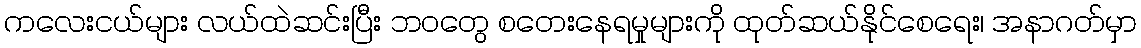
ကလေးငယ်များ လယ်ထဲဆင်းပြီး ဘဝတွေ စတေးနေရမှုများကို ထုတ်ဆယ်နိုင်စေရေး၊ အနာဂတ်မှာ